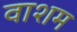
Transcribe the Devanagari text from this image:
वाशम